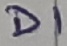
Text: D1